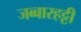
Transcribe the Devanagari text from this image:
जब्‍बारहट्टी